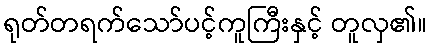
ရုတ်တရက်သော်ပင့်ကူကြီးနှင့် တူလှ၏။